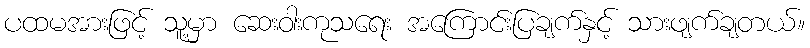
ပထမအားဖြင့် သူ့မှာ ဆေးဝါးကုသရေး အကြောင်းပြချက်နှင့် သားဖျက်ချတယ်။